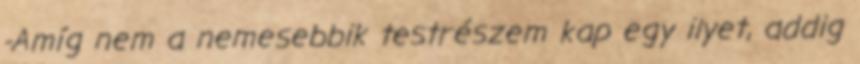
-Amíg nem a nemesebbik testrészem kap egy ilyet, addig